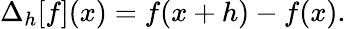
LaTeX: \Delta_{h}[f](x)=f(x+h)-f(x).